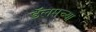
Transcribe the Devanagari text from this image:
डॅलसच्या